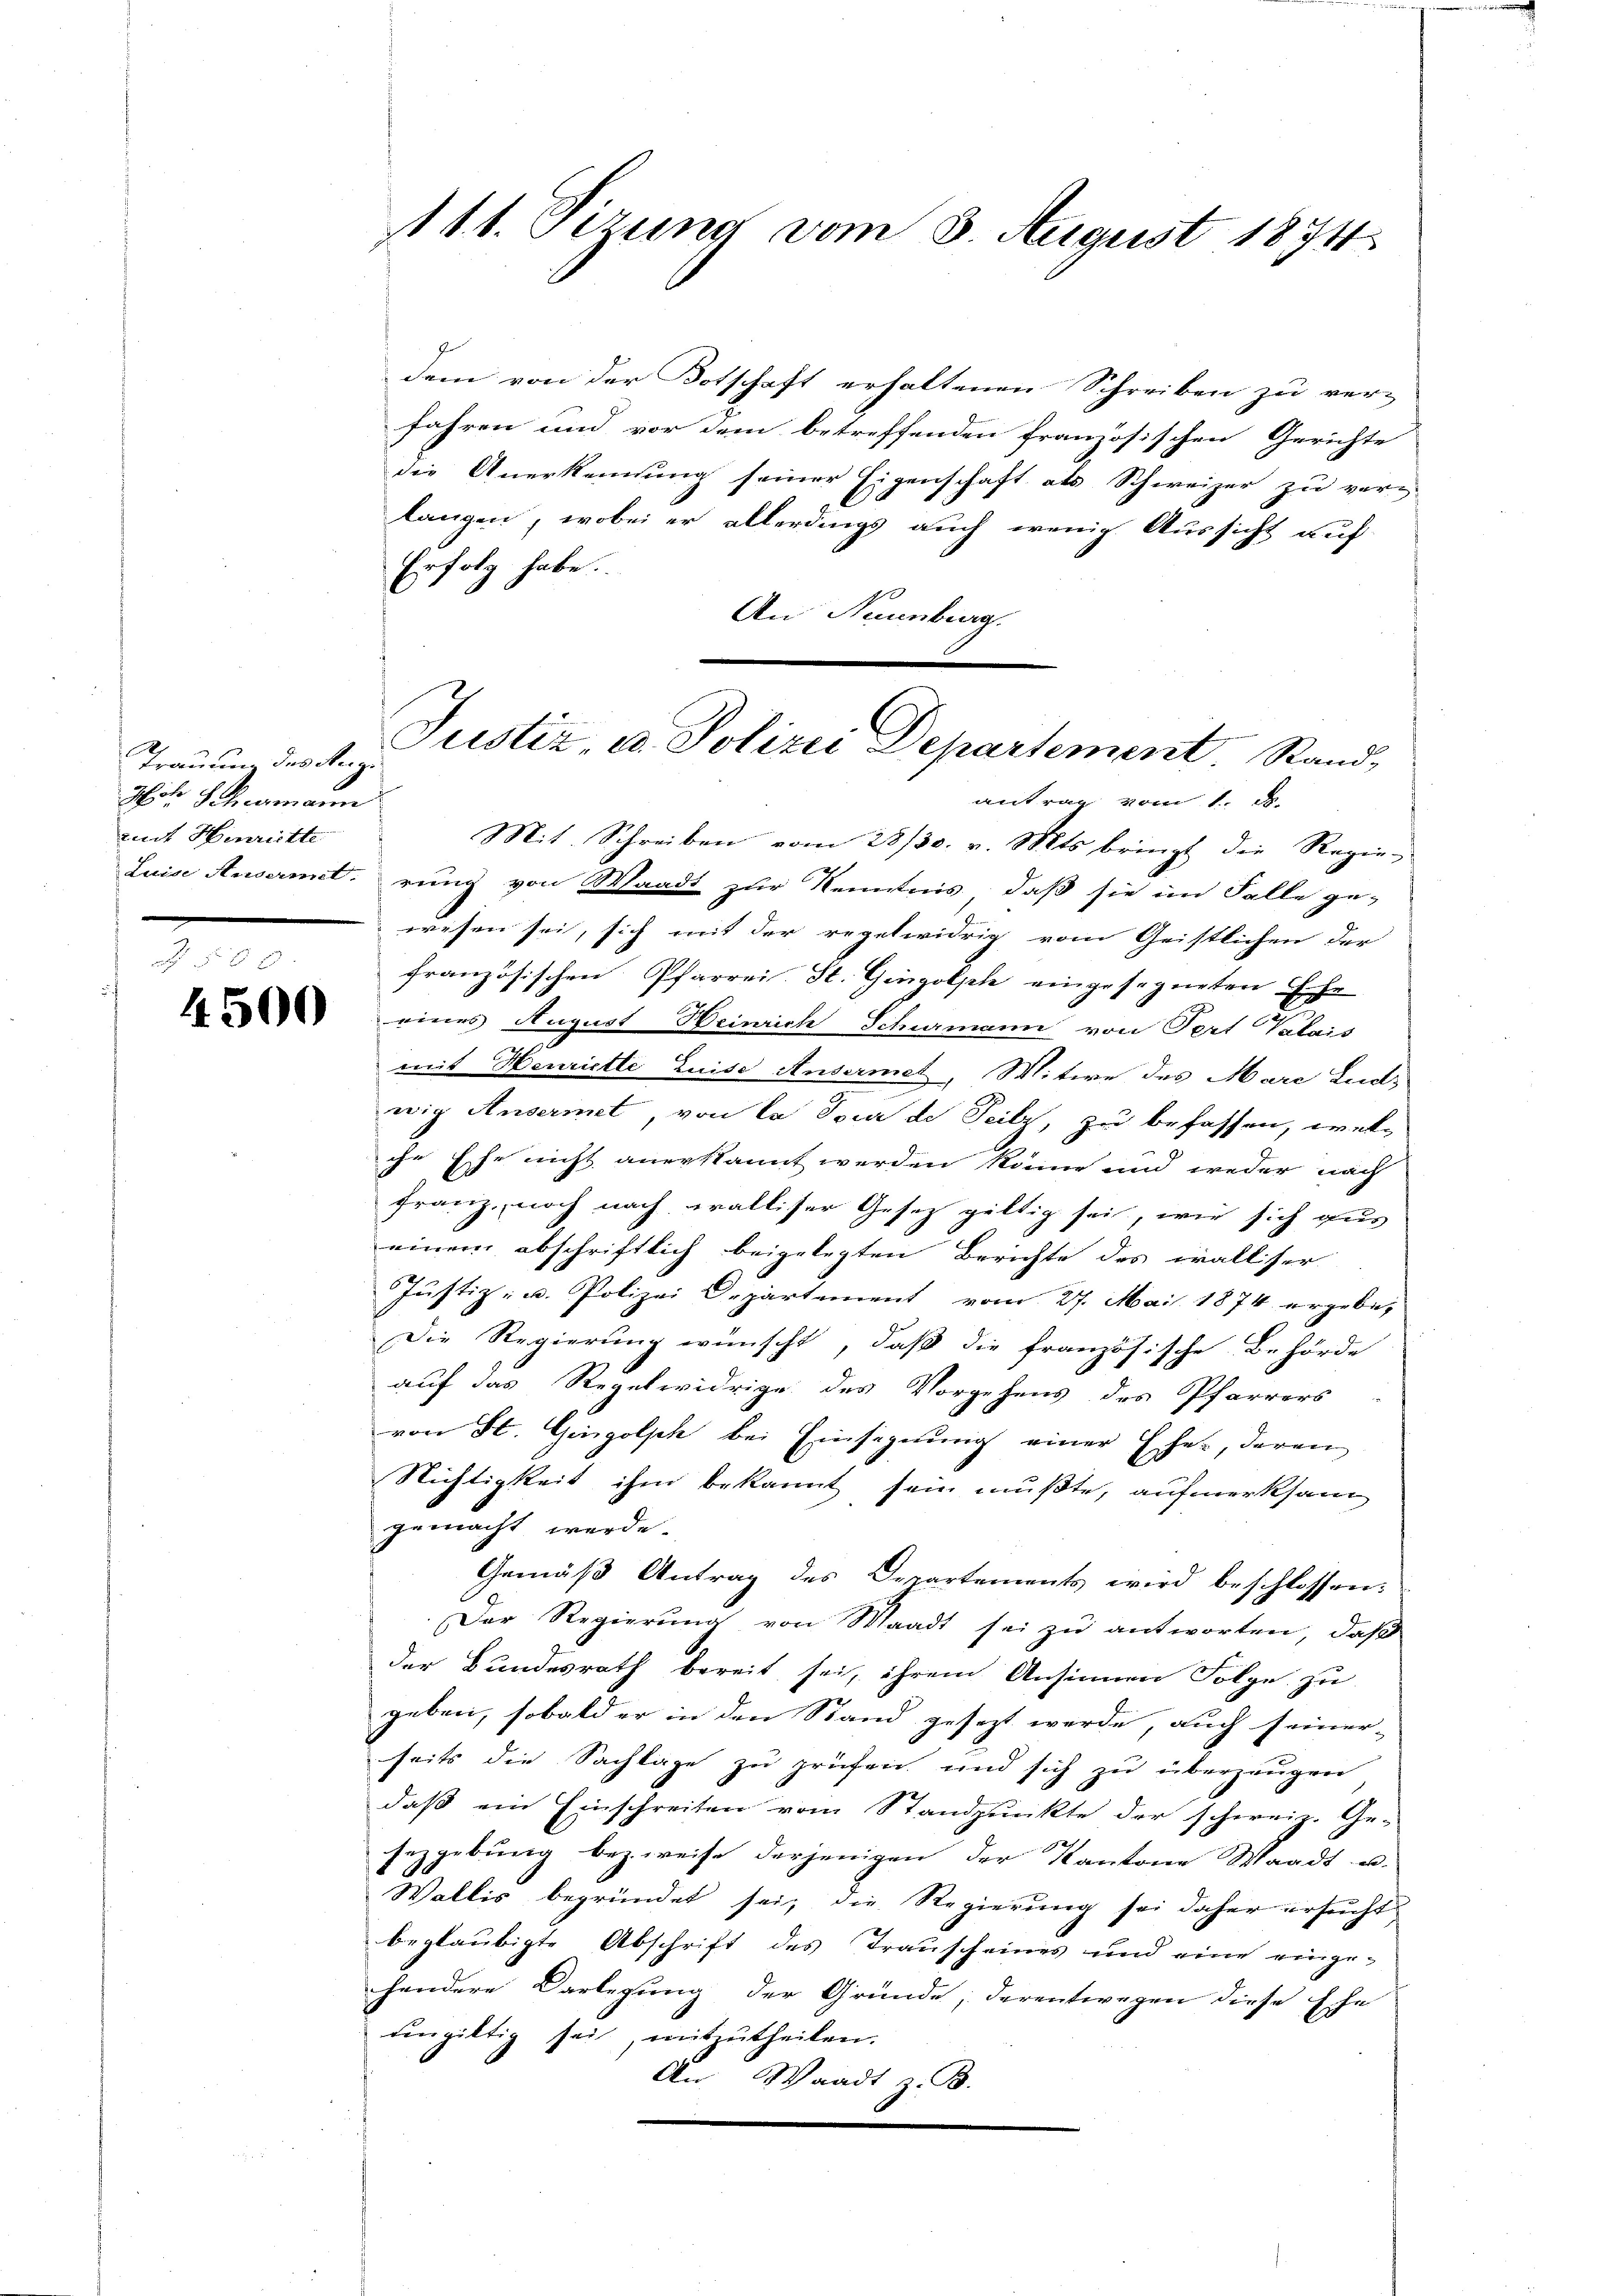
Trauung des Regi
Mit Schemann
tuit Hinritte

4500

111. Setzung vom 3. August 1874

dem von der Totschaft erhaltenen Schreiben zu ver-
fahren und vor dem betreffenden französischen Gerichte
die Anerkennung seiner Eigenschaft als Schweizer zu ver-
langen, wobei er allerdings auch wenig Aussicht auf
Erfolg habe.
An Naumburg.
antrag vom 1. d.
Mit. Schreiben vom 28/30. v. Mts. bringt die Regie-
Luise Ansermet, rung von Waadt zur Kenntnis, daß sie im Falle ge-
wesen sei, sich mit der regelwidrig vom Geistlichen der
französischen Pfarrei. St. Gingolph eingesegneten Ehe
eines August Heinrich Schurmann von Pert Valais
mit Henriette Luise Ansermet, Witwe des Marc Ludwig Anserit, von la Tour de Teilz, zu befassen, welche Ehe nicht anerkannt werden könne und weder nach
Franz, noch nach walliser Gesez gültig sei, wie sich aus
einem abschriftlich beigelegten Berichte des walliser
Jŭstiz- u. Polizei Departement vom 27. Mai 1874 ergebe,
Die Regierung wünscht, daß die französische Behörde
auf das Regelwidrige des Vorgehens des Pfarrers
von St. Gingolph bei Einsegnung einer Eher, daren
Nichtigkeit ihm bekannt sein mußte, aufmerksam
gemacht werde.
Gemäß Antrag des Departements wird beschlossen:
Der Regierung von Waadt sei zu antworten, daß
der Bundesrath bereit sei, ihrem Ansinnen Folge zu
geben, sobald er in den Stand gesezt werde, auch seiner-
seits die Sachlage zu prüfen und sich zu überzeugen
daß ein Einschreiten vom Standpunkte der schweiz. Ge-
sezgebung bezweise derjenigen der Kantone Waadt u.
Wallis begründet sei, die Regierung sei daher ersucht
beglaubigte Abschrift des Trauscheines und eine einge-
handere Darlegung der Gründe, derentwegen diese Ehe
ungültig sei, mitzutheilen.
An Waadt z. B.

Justiz u. Polizei Departement. Stand,